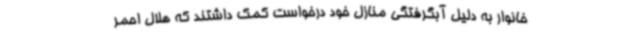
خانوار به دلیل آبگرفتگی منازل خود درخواست کمک داشتند که هلال احمر